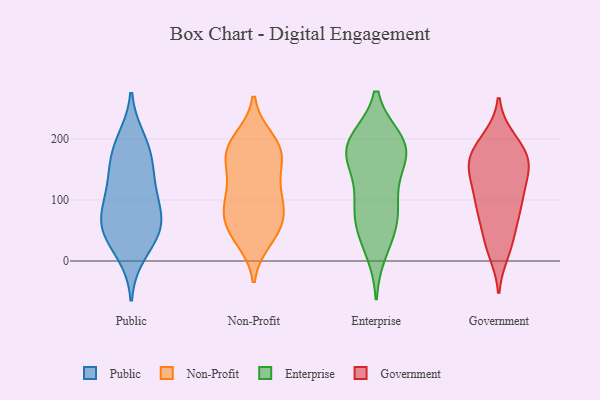
{"axis": {"x": "Active Users", "y": "Value"}, "legend": ["Enterprise", "Government", "Non-Profit", "Public"], "data": [{"x": "", "y": 76, "type": "Public"}, {"x": "", "y": 169, "type": "Public"}, {"x": "", "y": 109, "type": "Public"}, {"x": "", "y": 53, "type": "Public"}, {"x": "", "y": 13, "type": "Public"}, {"x": "", "y": 48, "type": "Public"}, {"x": "", "y": 67, "type": "Public"}, {"x": "", "y": 142, "type": "Public"}, {"x": "", "y": 115, "type": "Public"}, {"x": "", "y": 198, "type": "Public"}, {"x": "", "y": 49, "type": "Public"}, {"x": "", "y": 182, "type": "Public"}, {"x": "", "y": 192, "type": "Non-Profit"}, {"x": "", "y": 172, "type": "Non-Profit"}, {"x": "", "y": 82, "type": "Non-Profit"}, {"x": "", "y": 126, "type": "Non-Profit"}, {"x": "", "y": 36, "type": "Non-Profit"}, {"x": "", "y": 104, "type": "Non-Profit"}, {"x": "", "y": 161, "type": "Non-Profit"}, {"x": "", "y": 59, "type": "Non-Profit"}, {"x": "", "y": 176, "type": "Non-Profit"}, {"x": "", "y": 107, "type": "Non-Profit"}, {"x": "", "y": 53, "type": "Non-Profit"}, {"x": "", "y": 199, "type": "Non-Profit"}, {"x": "", "y": 87, "type": "Non-Profit"}, {"x": "", "y": 178, "type": "Non-Profit"}, {"x": "", "y": 50, "type": "Non-Profit"}, {"x": "", "y": 190, "type": "Enterprise"}, {"x": "", "y": 162, "type": "Enterprise"}, {"x": "", "y": 50, "type": "Enterprise"}, {"x": "", "y": 77, "type": "Enterprise"}, {"x": "", "y": 105, "type": "Enterprise"}, {"x": "", "y": 197, "type": "Enterprise"}, {"x": "", "y": 197, "type": "Enterprise"}, {"x": "", "y": 98, "type": "Enterprise"}, {"x": "", "y": 178, "type": "Enterprise"}, {"x": "", "y": 61, "type": "Enterprise"}, {"x": "", "y": 166, "type": "Enterprise"}, {"x": "", "y": 18, "type": "Enterprise"}, {"x": "", "y": 187, "type": "Enterprise"}, {"x": "", "y": 199, "type": "Government"}, {"x": "", "y": 96, "type": "Government"}, {"x": "", "y": 86, "type": "Government"}, {"x": "", "y": 81, "type": "Government"}, {"x": "", "y": 151, "type": "Government"}, {"x": "", "y": 137, "type": "Government"}, {"x": "", "y": 156, "type": "Government"}, {"x": "", "y": 181, "type": "Government"}, {"x": "", "y": 107, "type": "Government"}, {"x": "", "y": 153, "type": "Government"}, {"x": "", "y": 161, "type": "Government"}, {"x": "", "y": 108, "type": "Government"}, {"x": "", "y": 158, "type": "Government"}, {"x": "", "y": 35, "type": "Government"}, {"x": "", "y": 181, "type": "Government"}, {"x": "", "y": 24, "type": "Government"}, {"x": "", "y": 16, "type": "Government"}, {"x": "", "y": 194, "type": "Government"}, {"x": "", "y": 63, "type": "Government"}]}